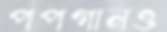
পপগানও